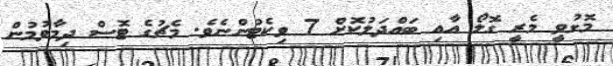
މޮޅުވީ މެރީ ގޮލޯ އާއި ބައްދަލުކޮށް 7 ވިކެޓުންނެވެ. މެޗުގެ ޓޮސް ދިމާވުމުން